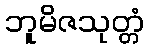
ဘူမိဇသုတ္တံ